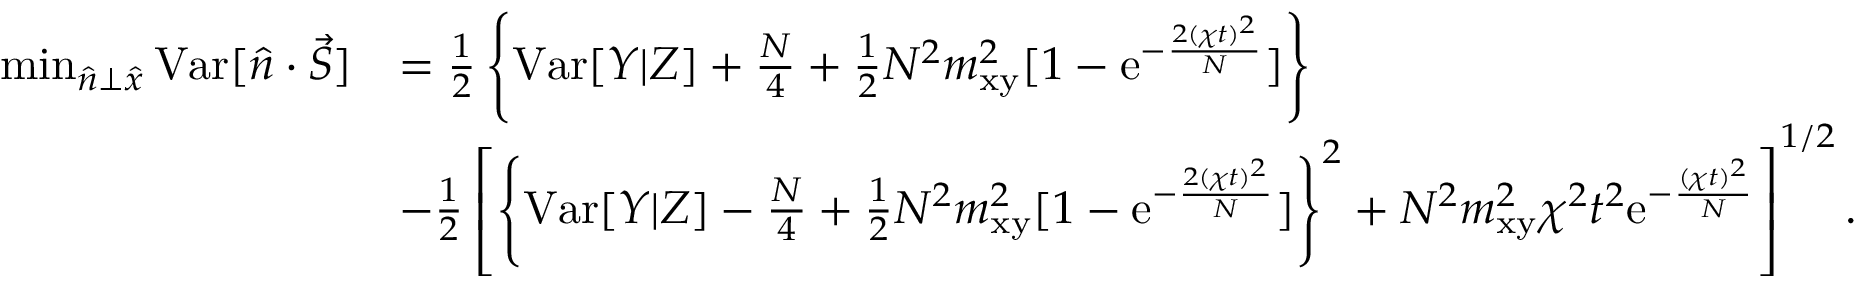
\begin{array} { r l } { \operatorname* { m i n } _ { \hat { n } \bot \hat { x } } { \mathrm { V a r } [ \hat { n } \cdot \vec { S } ] } } & { = \frac { 1 } { 2 } \left\{ \mathrm { V a r } [ Y | Z ] + \frac { N } { 4 } + \frac { 1 } { 2 } N ^ { 2 } m _ { \mathrm { x y } } ^ { 2 } [ 1 - \mathrm { e } ^ { - \frac { 2 ( \chi t ) ^ { 2 } } { N } } ] \right\} } \\ & { - \frac { 1 } { 2 } \left[ \left\{ \mathrm { V a r } [ Y | Z ] - \frac { N } { 4 } + \frac { 1 } { 2 } N ^ { 2 } m _ { \mathrm { x y } } ^ { 2 } [ 1 - \mathrm { e } ^ { - \frac { 2 ( \chi t ) ^ { 2 } } { N } } ] \right\} ^ { 2 } + N ^ { 2 } m _ { \mathrm { x y } } ^ { 2 } \chi ^ { 2 } t ^ { 2 } \mathrm { e } ^ { - \frac { ( \chi t ) ^ { 2 } } { N } } \right] ^ { 1 / 2 } . } \end{array}